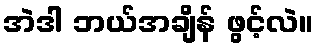
အဲဒါ ဘယ်အချိန် ဖွင့်လဲ။